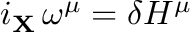
i _ { \bf X } \, \omega ^ { \mu } = \delta H ^ { \mu }